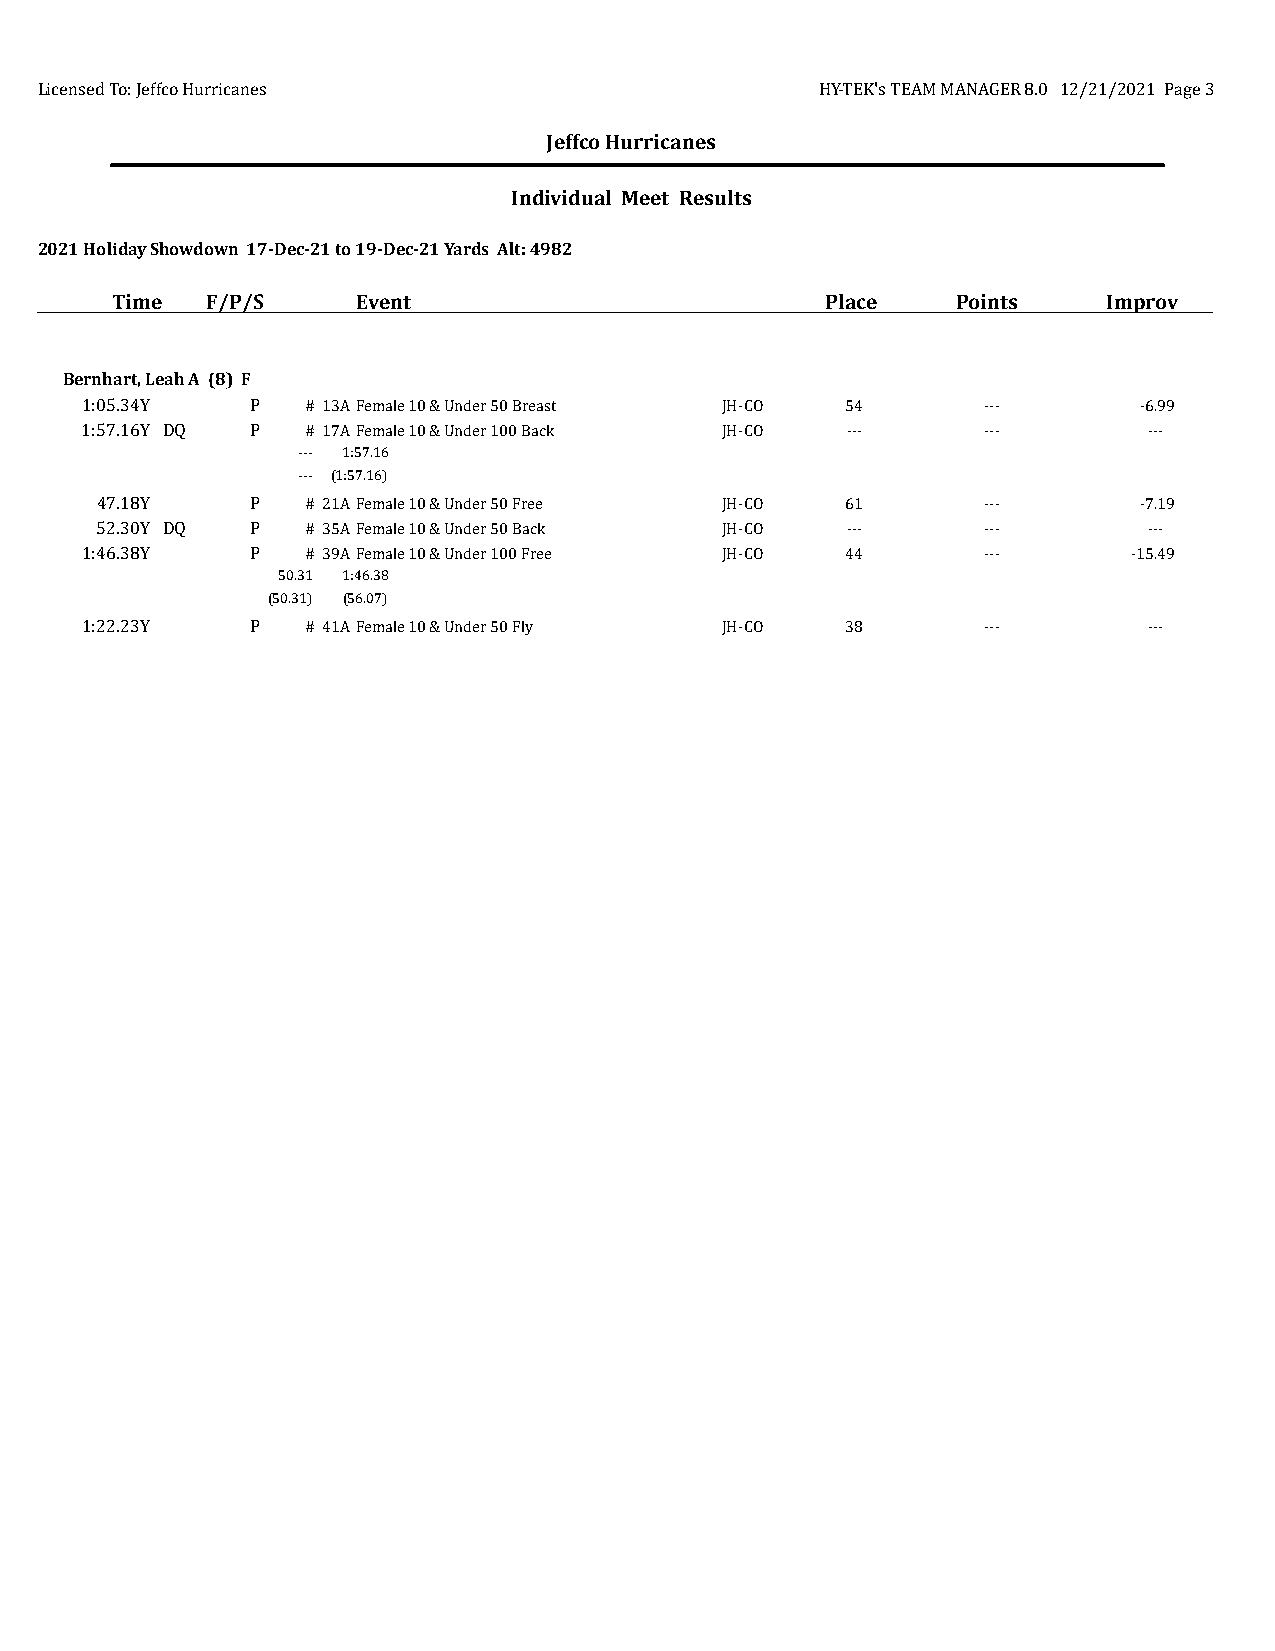
Licensed To: Jeffco Hurricanes                      HY-TEK's TEAM MANAGER 8.0 12/21/2021 Page 3
 Jeffco Hurricanes
 Individual Meet Results
 2021 Holiday Showdown 17-Dec-21 to 19-Dec-21 Yards Alt: 4982
 Time   F/P/S     Event                          Place   Points    Improv
 Bernhart, Leah A (8) F
 1:05.34Y    P  # 13AFemale 10 & Under 50 Breast JH-CO 54    ---       -6.99
 1:57.16Y DQ P  # 17AFemale 10 & Under 100 Back JH-CO ---    ---        ---
 --- 1:57.16
 --- (1:57.16)
 47.18Y     P  # 21AFemale 10 & Under 50 Free JH-CO 61      ---       -7.19
 52.30Y DQ  P  # 35AFemale 10 & Under 50 Back JH-CO ---     ---        ---
 1:46.38Y    P  # 39AFemale 10 & Under 100 Free JH-CO 44     ---       -15.49
 50.31 1:46.38
 (50.31) (56.07)
 1:22.23Y    P  # 41AFemale 10 & Under 50 Fly JH-CO 38       ---        ---